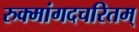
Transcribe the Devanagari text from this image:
रुक्मांगदचरितम्